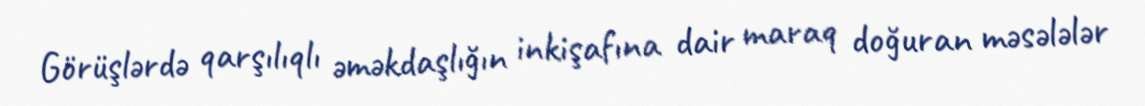
Görüşlərdə qarşılıqlı əməkdaşlığın inkişafına dair maraq doğuran məsələlər